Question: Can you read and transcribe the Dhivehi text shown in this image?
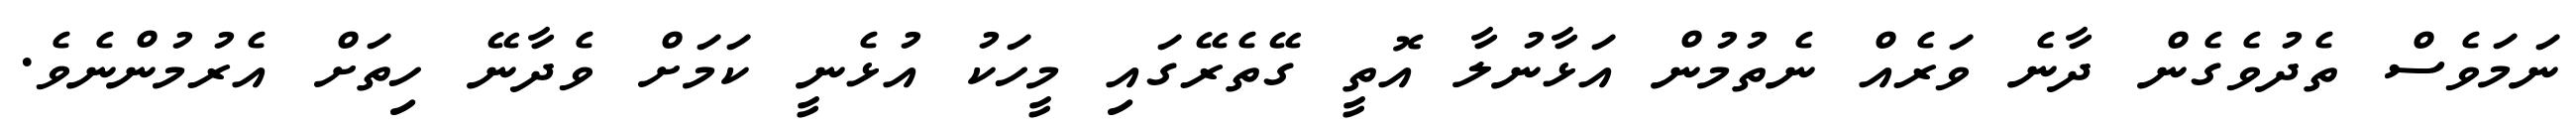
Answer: ނަމަވެސް ތެދުވެގެން ދާނެ ވަރެއް ނެތުމުން އަޅާނުލާ އޮތީ ގޭތެރޭގައި މީހަކު އުޅެނީ ކަމަށް ވެދާނޭ ހިތަށް އެރުމުންނެވެ.